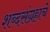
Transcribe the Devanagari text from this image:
शब्दसंग्रहाचे